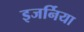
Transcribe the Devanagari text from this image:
इजर्निया